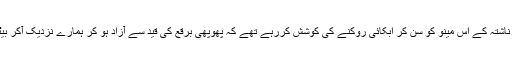
ہم ابھی ناشتہ کے اس مینو کو سن کر ابکائی روکنے کی کوشش کررہے تھے کہ پھوپھی برقع کی قید سے آزاد ہو کر ہمارے نزدیک آکر بیٹھ گئیں۔